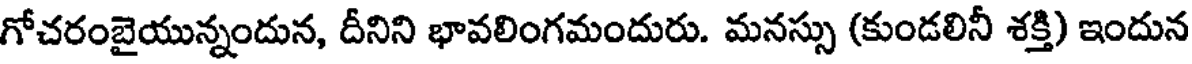
గోచరంబైయున్నందున, దీనిని భావలింగమందురు. మనస్సు (కుండలినీ శక్తి) ఇందున